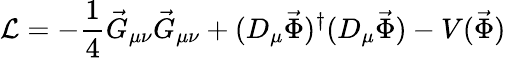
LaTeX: {\cal L}=-\frac{1}{4}\vec{G}_{\mu\nu}\vec{G}_{\mu\nu}+(D_{\mu}\vec{\Phi})^{\dagger}(D_{\mu}\vec{\Phi})-V(\vec{\Phi})